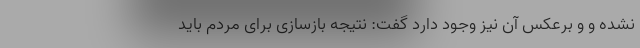
نشده و و برعکس آن نیز وجود دارد گفت: نتیجه بازسازی برای مردم باید